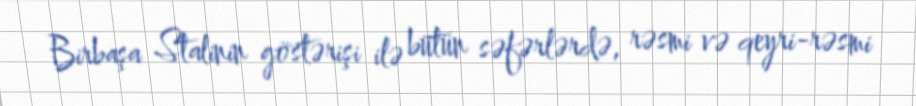
Birbaşa Stalinin göstərişi ilə bütün səfərlərdə, rəsmi və qeyri-rəsmi